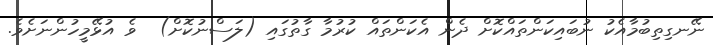
ނޭނގިތިބުމާއެކު ނުބައިކަންތައްކޮށް ދެން އެކަންތައް ކުރުމާ ގާތުގައި (ލަސްނުކޮށް)  ވެ އުޅޭމީހުންނަށެވެ.